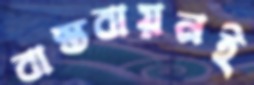
বাস্তবায়নই